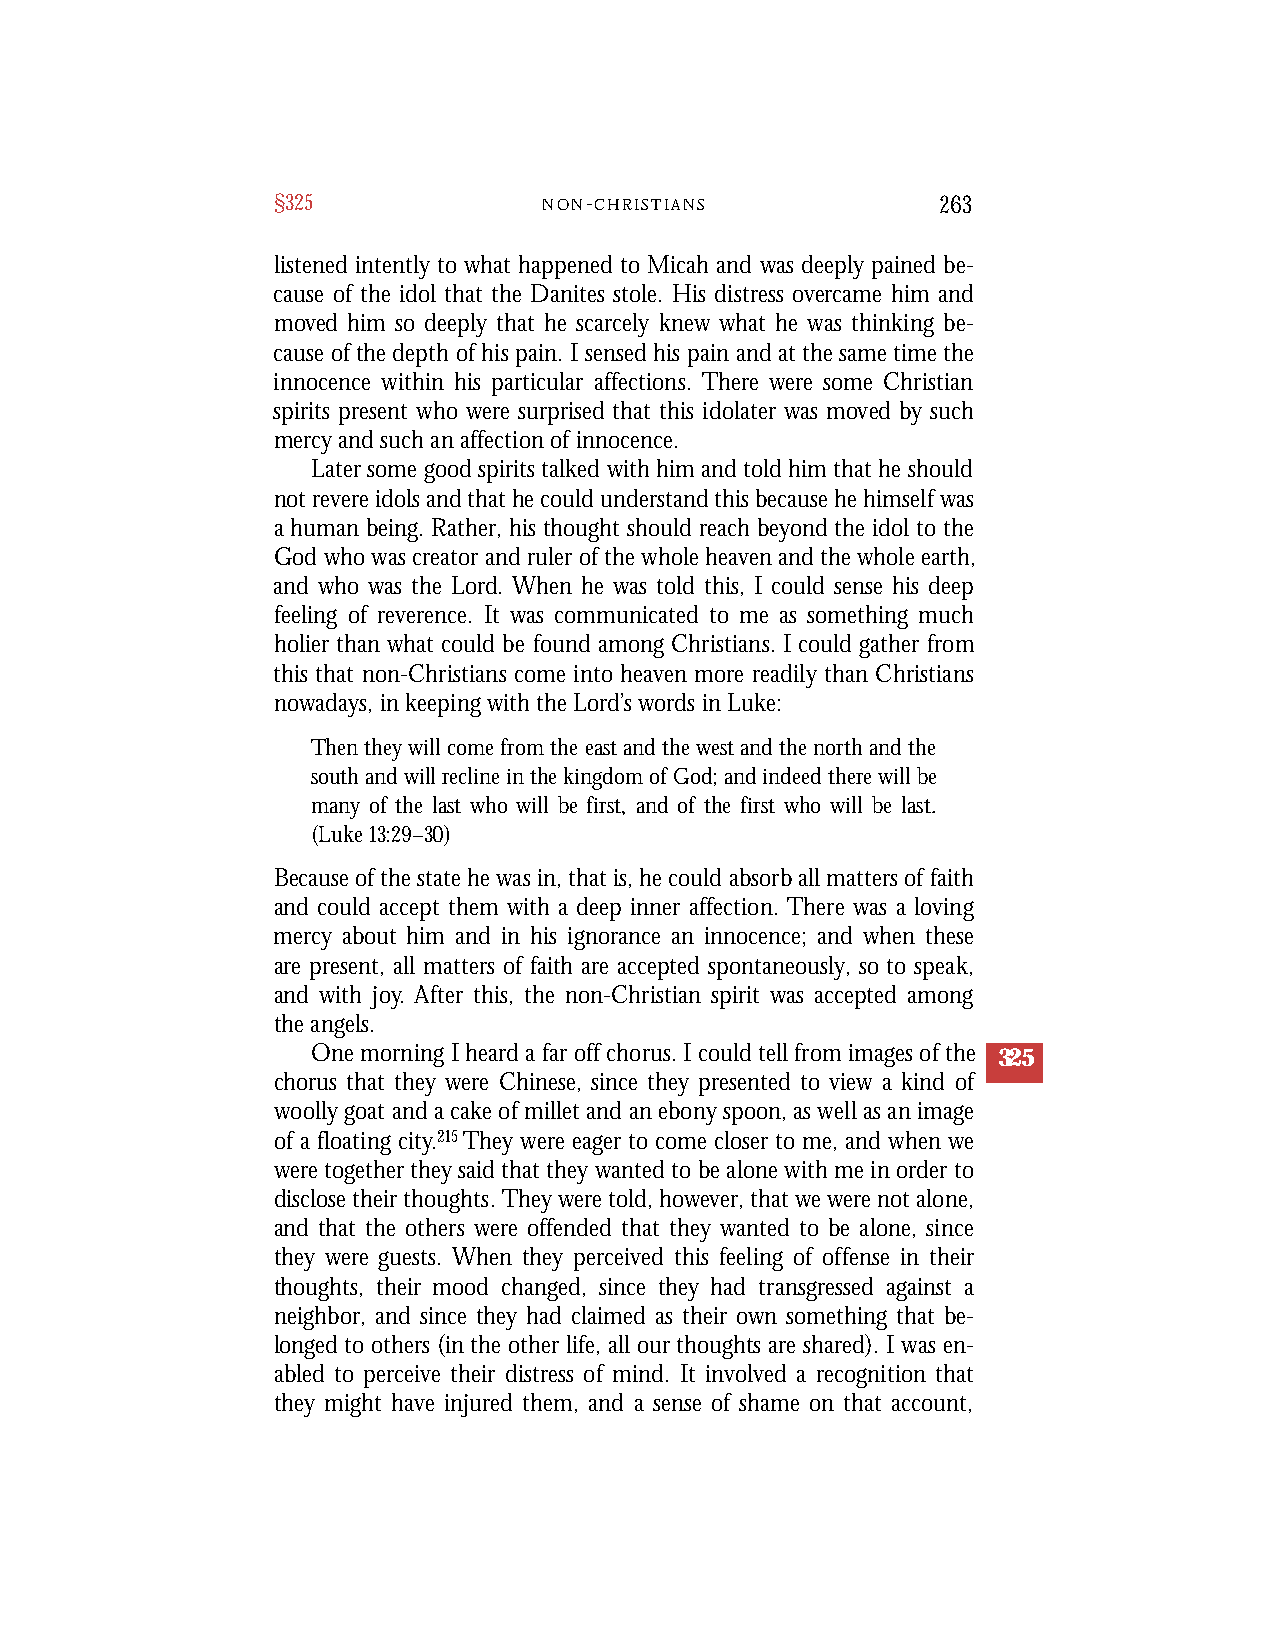
§325              N O N-C H R I S T I A N S 263
 listened intently to what happened to Micah and was deeply pained be-
 cause of the idol that the Danites stole. His distress overcame him and
 moved him so deeply that he scarcely knew what he was thinking be-
 cause of the depth of his pain. I sensed his pain and at the same time the
 innocence within his particular affections. There were some Christian
 spirits present who were surprised that this idolater was moved by such
 mercy and such an affection of innocence.
 Later some good spirits talked with him and told him that he should
 not revere idols and that he could understand this because he himself was
 a human being. Rather, his thought should reach beyond the idol to the
 God who was creator and ruler of the whole heaven and the whole earth,
 and who was the Lord. When he was told this, I could sense his deep
 feeling of reverence. It was communicated to me as something much
 holier than what could be found among Christians. I could gather from
 this that non-Christians come into heaven more readily than Christians
 nowadays, in keeping with the Lord’s words in Luke:
 Then they will come from the east and the west and the north and the
 south and will recline in the kingdom of God; and indeed there will be
 many of the last who will be first, and of the first who will be last.
 (Luke 13:29–30)
 Because of the state he was in, that is, he could absorb all matters of faith
 and could accept them with a deep inner affection. There was a loving
 mercy about him and in his ignorance an innocence; and when these
 are present, all matters of faith are accepted spontaneously, so to speak,
 and with joy. After this, the non-Christian spirit was accepted among
 the angels.
 One morning I heard a far off chorus. I could tell from images of the 325
 chorus that they were Chinese, since they presented to view a kind of
 woolly goat and a cake of millet and an ebony spoon, as well as an image
 of a floating city.215They were eager to come closer to me, and when we
 were together they said that they wanted to be alone with me in order to
 disclose their thoughts. They were told, however, that we were not alone,
 and that the others were offended that they wanted to be alone, since
 they were guests. When they perceived this feeling of offense in their
 thoughts, their mood changed, since they had transgressed against a
 neighbor, and since they had claimed as their own something that be-
 longed to others (in the other life, all our thoughts are shared). I was en-
 abled to perceive their distress of mind. It involved a recognition that
 they might have injured them, and a sense of shame on that account,